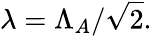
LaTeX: \lambda=\Lambda_{A}/\sqrt{2}.